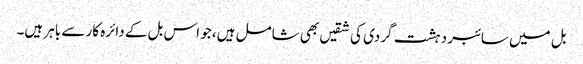
بل میں سائبر دہشت گردی کی شقیں بھی شامل ہیں، جو اس بل کے دائرہ کار سے باہر ہیں۔